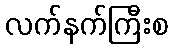
လက်နက်ကြီးစ